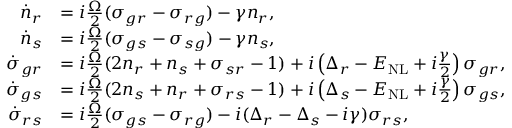
\begin{array} { r l } { \dot { n } _ { r } } & { = i \frac { \Omega } { 2 } ( { \sigma } _ { g r } - { \sigma } _ { r g } ) - \gamma { n } _ { r } , } \\ { \dot { n } _ { s } } & { = i \frac { \Omega } { 2 } ( { \sigma } _ { g s } - { \sigma } _ { s g } ) - \gamma { n } _ { s } , } \\ { \dot { \sigma } _ { g r } } & { = i \frac { \Omega } { 2 } ( 2 { n } _ { r } + { n } _ { s } + { \sigma } _ { s r } - 1 ) + i \left( \Delta _ { r } - E _ { \mathrm { N L } } + i \frac { \gamma } { 2 } \right) { \sigma } _ { g r } , } \\ { \dot { \sigma } _ { g s } } & { = i \frac { \Omega } { 2 } ( 2 { n } _ { s } + { n } _ { r } + { \sigma } _ { r s } - 1 ) + i \left( \Delta _ { s } - E _ { \mathrm { N L } } + i \frac { \gamma } { 2 } \right) { \sigma } _ { g s } , } \\ { \dot { \sigma } _ { r s } } & { = i \frac { \Omega } { 2 } ( { \sigma } _ { g s } - { \sigma } _ { r g } ) - i ( \Delta _ { r } - \Delta _ { s } - i { \gamma } ) { \sigma } _ { r s } , } \end{array}